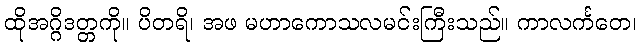
ထိုအဂ္ဂိဒတ္တကို။ ပိတရိ၊ အဖ မဟာကောသလမင်းကြီးသည်။ ကာလင်္ကတေ၊